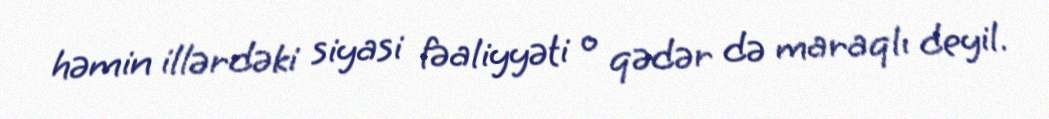
həmin illərdəki siyasi fəaliyyəti o qədər də maraqlı deyil.